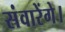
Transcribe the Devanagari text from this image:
संवारेंगे।